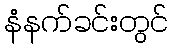
နံနက်ခင်းတွင်